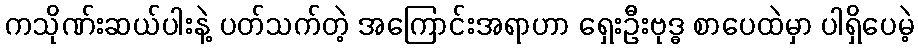
ကသိုဏ်းဆယ်ပါးနဲ့ ပတ်သက်တဲ့ အကြောင်းအရာဟာ ရှေးဦးဗုဒ္ဓ စာပေထဲမှာ ပါရှိပေမဲ့